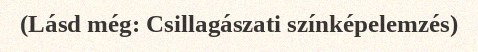
(Lásd még: Csillagászati színképelemzés)